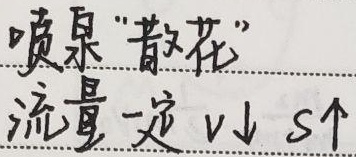
喷泉“散花”流量一定，\(v\downarrow\)，\(s\uparrow\)